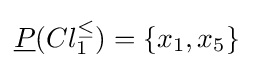
{\underline {P}}(Cl_{1}^{\leq })=\{x_{1},x_{5}\}